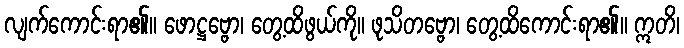
လျက်ကောင်းရာ၏။ ဖောဋ္ဌဗ္ဗော၊ တွေ့ထိဖွယ်ကို။ ဖုသိတဗ္ဗော၊ တွေ့ထိကောင်းရာ၏။ ဣတိ၊